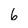
Character: 6